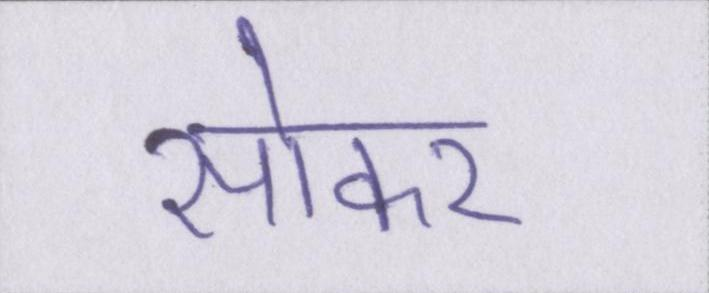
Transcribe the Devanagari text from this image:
सोकर